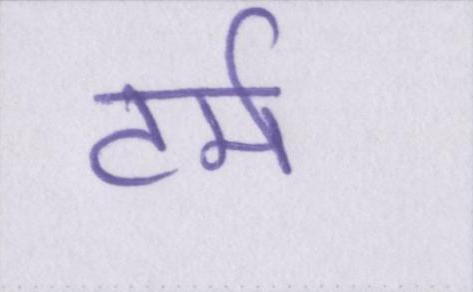
टर्म